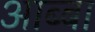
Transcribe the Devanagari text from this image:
आब्बा